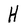
Character: H